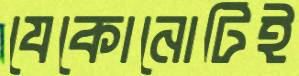
যেকোনোটিই